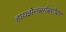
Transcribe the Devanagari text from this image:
हायझेनबर्गबरोबर